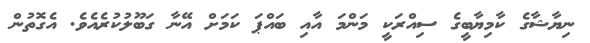
ނިޔާޝާގެ ކާމިޔާބީގެ ސިއްރަކީ މަންމަ އާއި ބައްޕަ ކަމަށް އޭނާ ގަބޫލުކުރެއެެވެ. އެގޮތުން